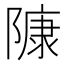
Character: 𨻷